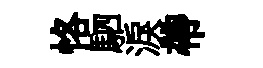
恪駟淚帶